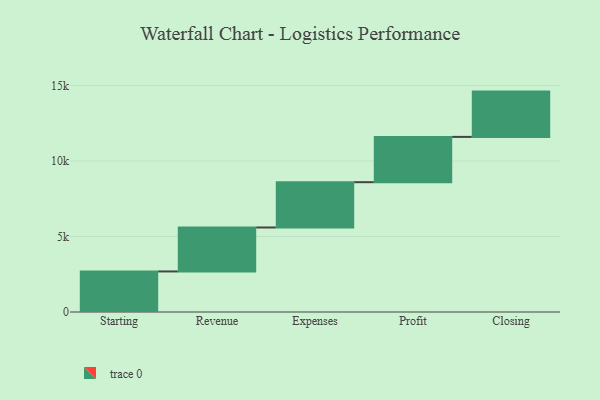
{"axis": {"x": "Step", "y": "Value"}, "legend": [""], "data": [{"x": "Starting", "y": 2686.0, "type": ""}, {"x": "Revenue", "y": 2911.0, "type": ""}, {"x": "Expenses", "y": 3000, "type": ""}, {"x": "Profit", "y": 3000, "type": ""}, {"x": "Closing", "y": 3000, "type": ""}]}